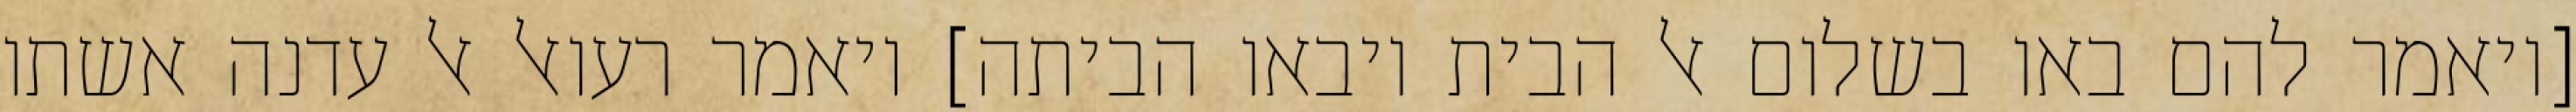
[ויאמר להם באו בשלום אל הבית ויבאו הביתה] ויאמר רעואל אל עדנה אשתו